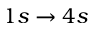
1 s \to 4 s